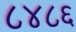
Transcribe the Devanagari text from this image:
८४८६